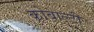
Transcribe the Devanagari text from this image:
कोबाल्टी